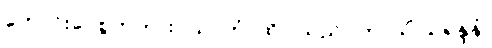
ကောင်းပေစွတကား။ သာဟံ၊ ထိုငါသည်။ ကာသိံ သုရုန္ဒနံ၊